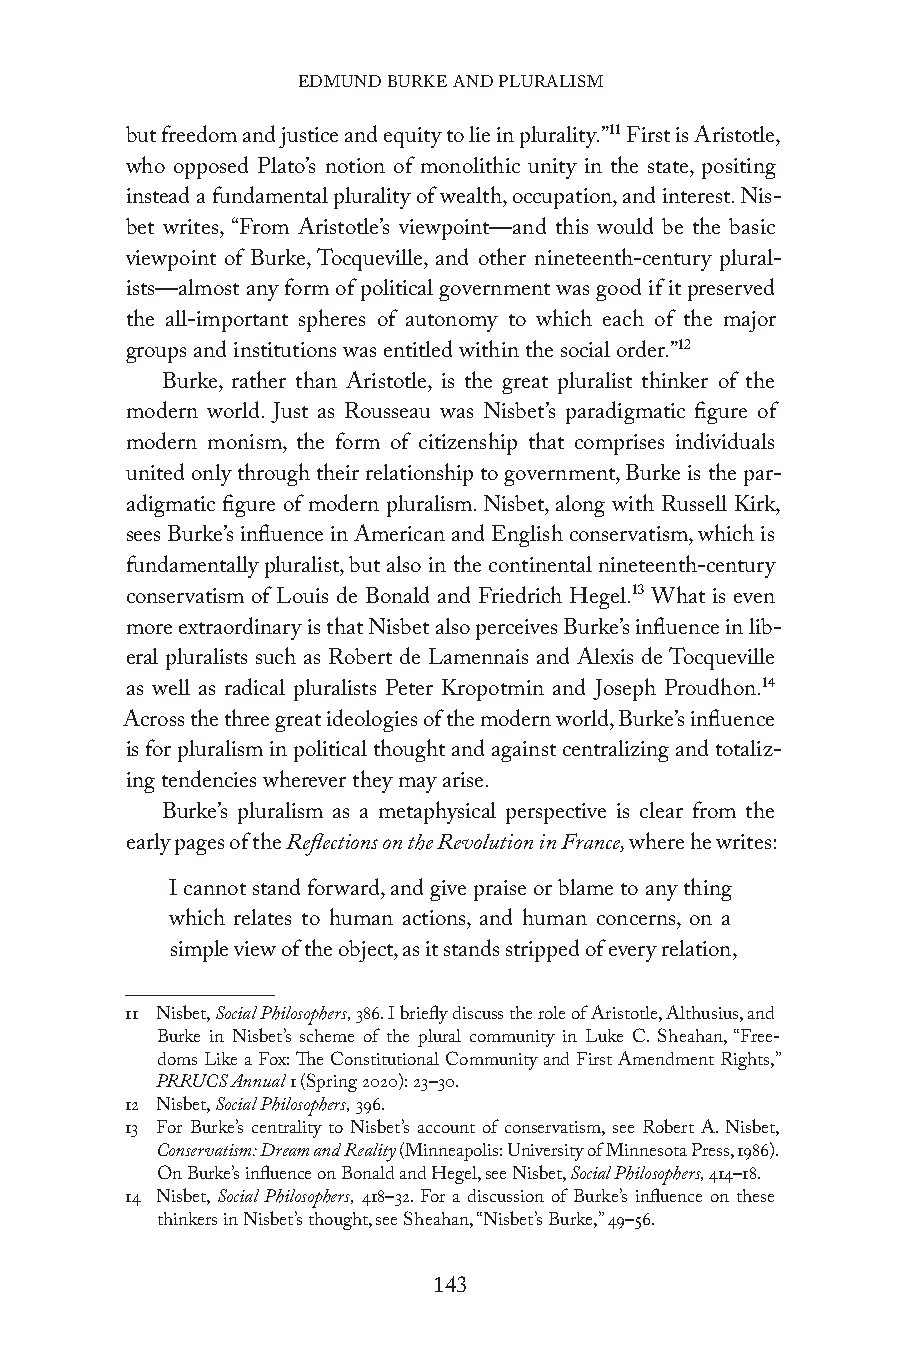
EDMUND BURKE AND PLURALISM
 but freedom and justice and equity to lie in plurality.”11 First is Aristotle,
 who opposed Plato’s notion of monolithic unity in the state, positing
 instead a fundamental plurality of wealth, occupation, and interest. Nis-
 bet writes, “From Aristotle’s viewpoint—and this would be the basic
 viewpoint of Burke, Tocqueville, and other nineteenth-century plural-
 ists—almost any form of political government was good if it preserved
 the all-important spheres of autonomy to which each of the major
 groups and institutions was entitled within the social order.”12
 Burke, rather than Aristotle, is the great pluralist thinker of the
 modern world. Just as Rousseau was Nisbet’s paradigmatic figure of
 modern monism, the form of citizenship that comprises individuals
 united only through their relationship to government, Burke is the par-
 adigmatic figure of modern pluralism. Nisbet, along with Russell Kirk,
 sees Burke’s influence in American and English conservatism, which is
 fundamentally pluralist, but also in the continental nineteenth-century
 conservatism of Louis de Bonald and Friedrich Hegel.13 What is even
 more extraordinary is that Nisbet also perceives Burke’s influence in lib-
 eral pluralists such as Robert de Lamennais and Alexis de Tocqueville
 as well as radical pluralists Peter Kropotmin and Joseph Proudhon.14
 Across the three great ideologies of the modern world, Burke’s influence
 is for pluralism in political thought and against centralizing and totaliz-
 ing tendencies wherever they may arise.
 Burke’s pluralism as a metaphysical perspective is clear from the
 early pages of the Reflections on the Revolution in France, where he writes:
 I cannot stand forward, and give praise or blame to any thing
 which relates to human actions, and human concerns, on a
 simple view of the object, as it stands stripped of every relation,
 11 Nisbet, Social Philosophers, 386. I briefly discuss the role of Aristotle, Althusius, and
 Burke in Nisbet’s scheme of the plural community in Luke C. Sheahan, “Free-
 doms Like a Fox: The Constitutional Community and First Amendment Rights,”
 PRRUCS Annual 1 (Spring 2020): 23–30.
 12 Nisbet, Social Philosophers, 396.
 13 For Burke’s centrality to Nisbet’s account of conservatism, see Robert A. Nisbet,
 Conservatism: Dream and Reality (Minneapolis: University of Minnesota Press, 1986).
 On Burke’s influence on Bonald and Hegel, see Nisbet, Social Philosophers, 414–18.
 14 Nisbet, Social Philosophers, 418–32. For a discussion of Burke’s influence on these
 thinkers in Nisbet’s thought, see Sheahan, “Nisbet’s Burke,” 49–56.
 143